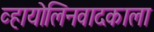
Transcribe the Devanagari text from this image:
व्हायोलिनवादकाला